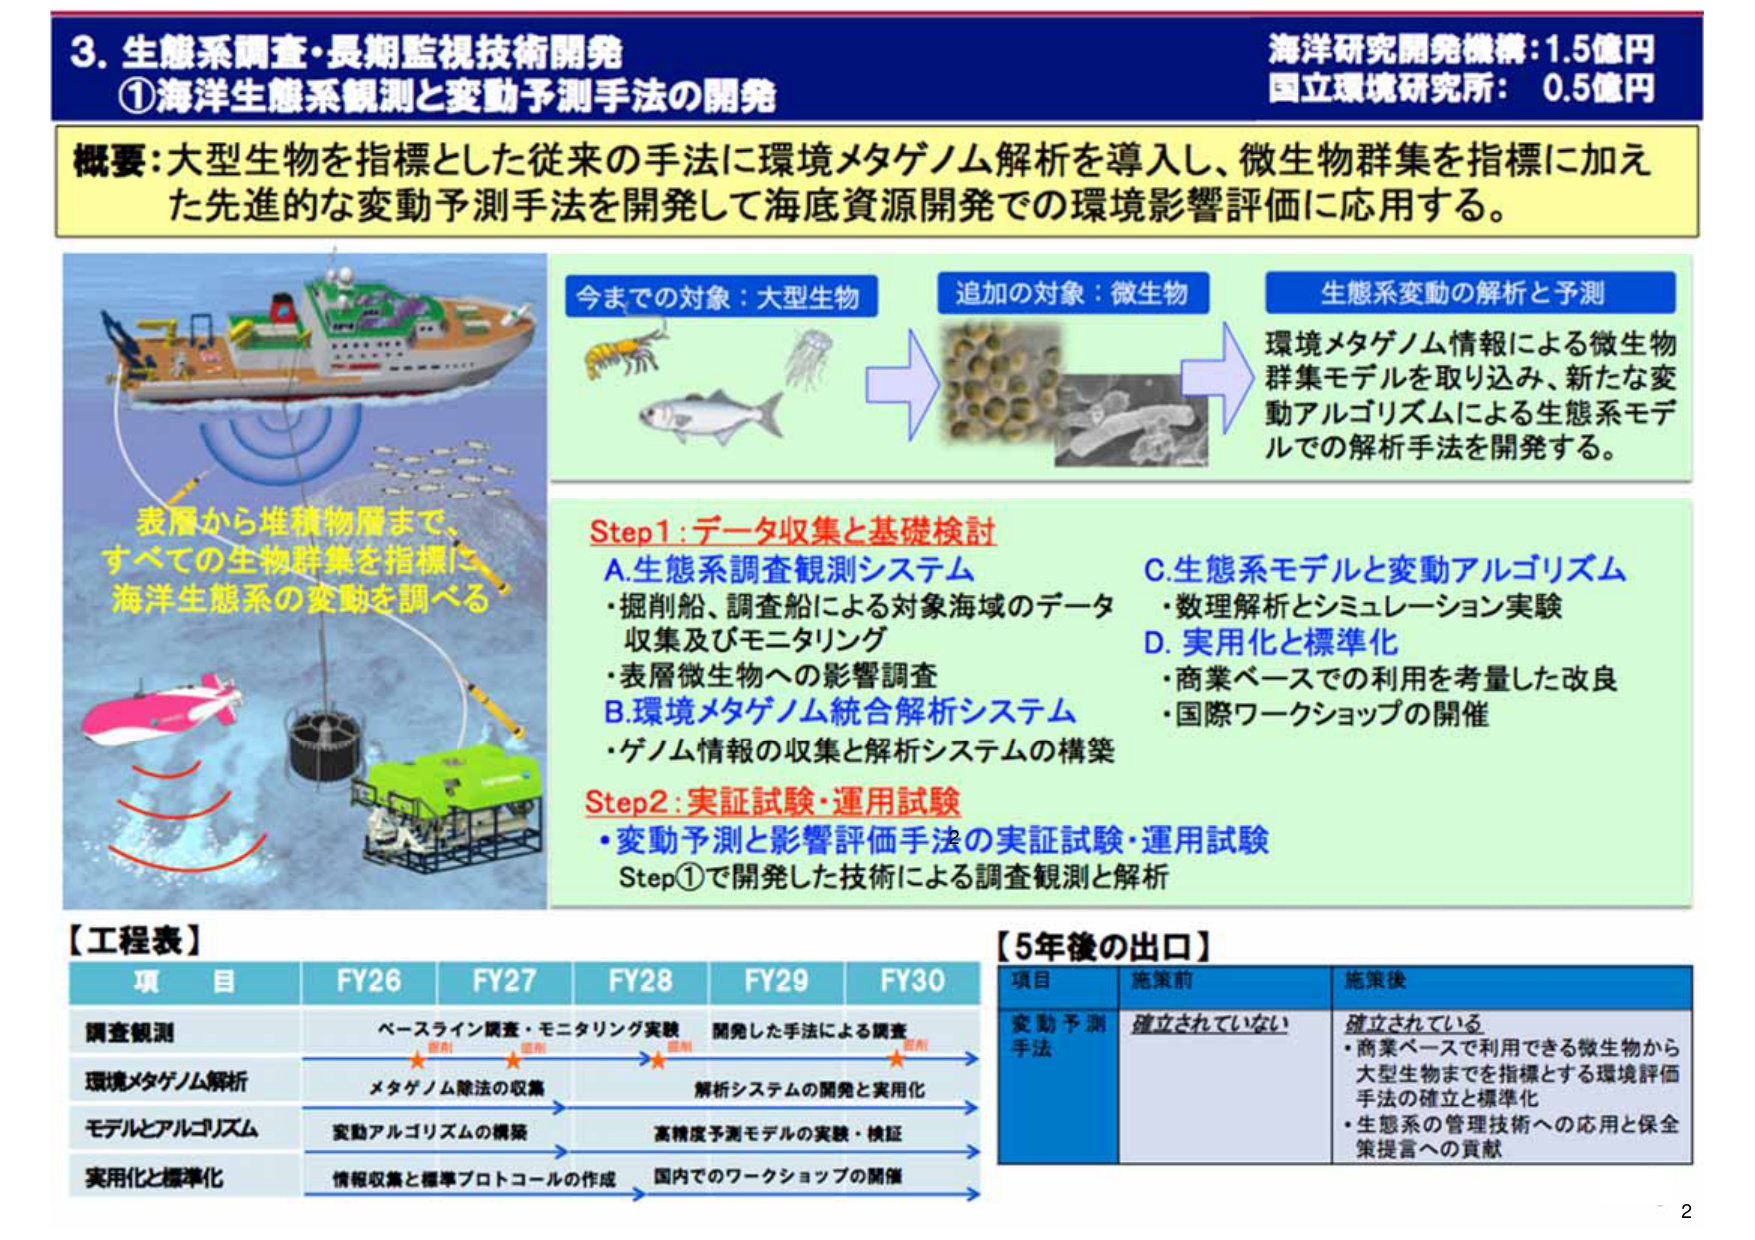
3. 生態系調査・長期監視技術開発
①海洋生態系観測と変動予測手法の開発

海洋研究開発機構：1.5億円
国立環境研究所：0.5億円

概要：大型生物を指標とした従来の手法に環境メタゲノム解析を導入し、微生物群集を指標に加えた先進的な変動予測手法を開発して海底資源開発での環境影響評価に応用する。

表層から堆積物層まで、
すべての生物群集を指標に
海洋生態系の変動を調べる

今までの対象：大型生物
追加の対象：微生物
生態系変動の解析と予測

環境メタゲノム情報による微生物群集モデルを取り込み、新たな変動アルゴリズムによる生態系モデルでの解析手法を開発する。

Step1：データ収集と基礎検討
A. 生態系調査観測システム
・掘削船、調査船による対象海域のデータ収集及びモニタリング
・表層微生物への影響調査
B. 環境メタゲノム統合解析システム
・ゲノム情報の収集と解析システムの構築
C. 生態系モデルと変動アルゴリズム
・数理解析とシミュレーション実験
D. 実用化と標準化
・商業ベースでの利用を考量した改良
・国際ワークショップの開催

Step2：実証試験・運用試験
・変動予測と影響評価手法の実証試験・運用試験
Step①で開発した技術による調査観測と解析

【工程表】
項目　FY26　FY27　FY28　FY29　FY30
調査観測　ベースライン調査・モニタリング実験　開発した手法による調査
　　　　　　（星印）　（星印）　（星印）　（星印）
環境メタゲノム解析　メタゲノム除法の収集　解析システムの開発と実用化
モデルとアルゴリズム　変動アルゴリズムの構築　高精度予測モデルの実験・検証
実用化と標準化　情報収集と標準プロトコルの作成　国内でのワークショップの開催

【5年後の出口】
項目　施策前　施策後
変動予測手法　確立されていない　確立されている
　　　　　　　　　・商業ベースで利用できる微生物から大型生物までを指標とする環境評価手法の確立と標準化
　　　　　　　　　・生態系の管理技術への応用と保全策提言への貢献

2